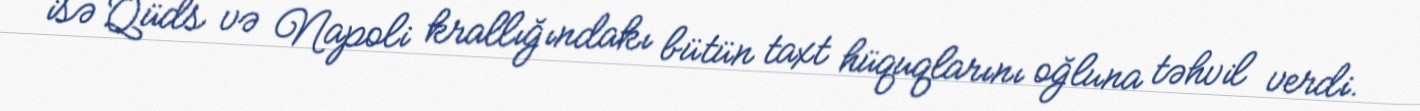
isə Qüds və Napoli krallığındakı bütün taxt hüquqlarını oğluna təhvil verdi.